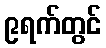
၉ရက်တွင်